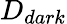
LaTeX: D_{dark}